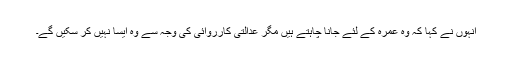
انہوں نے کہا کہ وہ عمرہ کے لئے جانا چاہتے ہیں مگر عدالتی کارروائی کی وجہ سے وہ ایسا نہیں کر سکیں گے۔